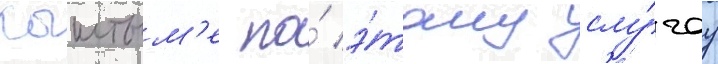
кыштым'е по́ э́тому слу́чау